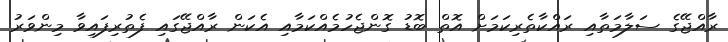
ރާއްޖޭގެ ސަލާމަތާއި ރައްކާތެރިކަމަށް އޮތް ބޮޑު ގޮންޖެހުމެއްކަމާއި އެކަން ރާއްޖޭގައި ފެތުރިފައިވާ މިންވަރު